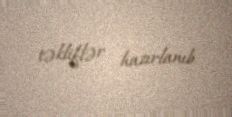
təkliflər hazırlanıb.